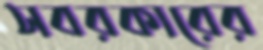
সবরকারের